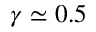
\gamma \simeq 0 . 5